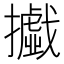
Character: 㩬